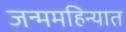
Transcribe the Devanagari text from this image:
जन्ममहिन्यात